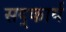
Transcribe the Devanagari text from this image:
सद्कार्य